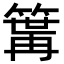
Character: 𥱎